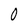
Character: 0